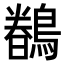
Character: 𮭎